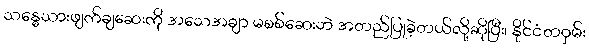
သန္ဓေသားဖျက်ချဆေးကို အသေအချာ မစစ်ဆေးဘဲ အတည်ပြုခဲ့တယ်လို့ဆိုပြီး၊ နိုင်ငံတဝှမ်း